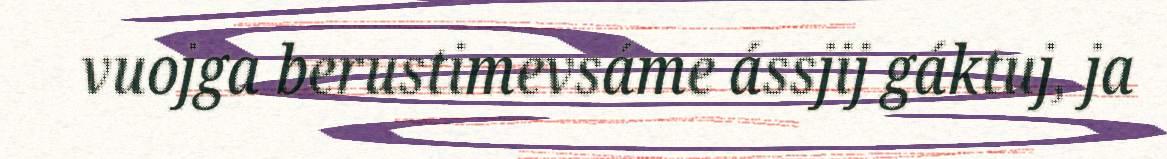
vuojga berustimevsáme ássjij gáktuj, ja